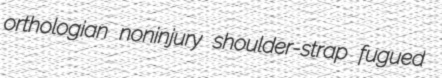
orthologian noninjury shoulder-strap fugued